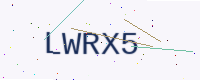
Text: LWRX5